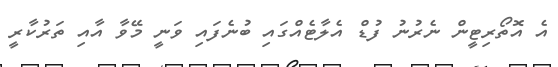
އެ އޮތޯރިޓީން ނެރުނު ފުޑް އެލާޓެއްގައި ބުނެފައި ވަނީ މޭވާ އާއި ތަރުކާރީ